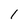
Character: 1